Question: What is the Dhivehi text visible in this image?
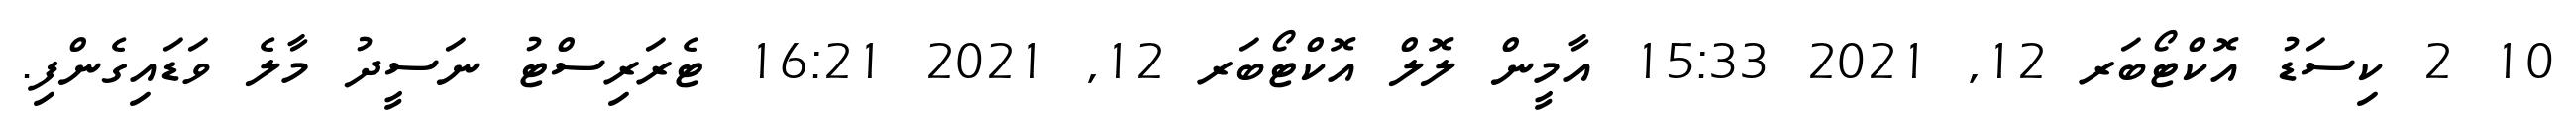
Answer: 10 2 ކިސަޑު އޮކްޓޯބަރ 12, 2021 15:33 އާމީން ލޮލް އޮކްޓޯބަރ 12, 2021 16:21 ޓެރަރިސްޓު ނަސީދު މާލެ ވަޑައިގެންފި.